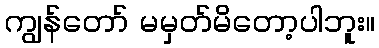
ကျွန်တော် မမှတ်မိတော့ပါဘူး။